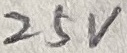
Text: 25V